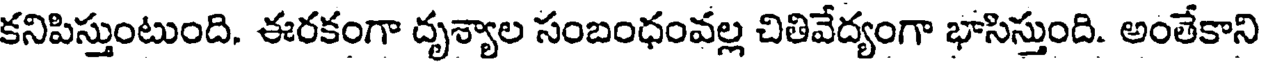
కనిపిస్తుంటుంది. ఈరకంగా దృశ్యాల సంబంధంవల్ల చితివేద్యంగా భాసిస్తుంది. అంతేకాని